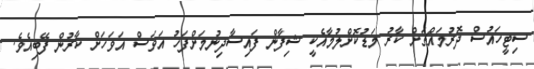
ސިޓީހައުސް ދޮރުމައްޗަށް ކާރު މަޑުކޮށްލުމާއެކީ ޝިފާން ފައިސާދިނުމަށްފަހު އަވަސް އަވަހަށް ކާރުން ފޭބިއެވެ.